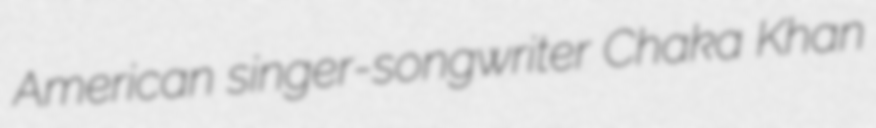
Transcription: American singer-songwriter Chaka Khan